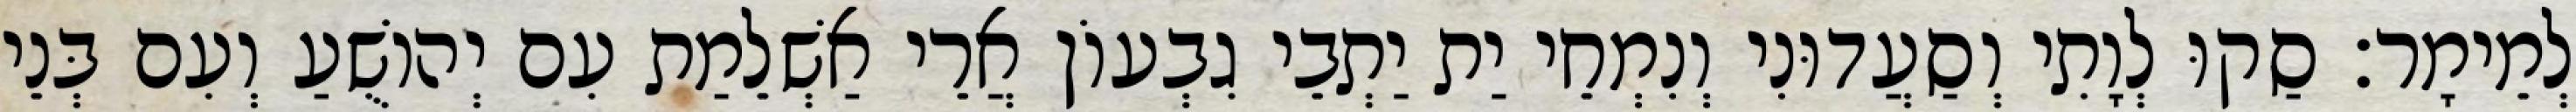
לְמֵימָר׃ סַקוּ לְוָתִי וְסַעֲדוּנִי וְנִמְחֵי יַת יַתְבֵי גִבְעוֹן אֲרֵי אַשְׁלֵמַת עִם יְהוֹשֻׁעַ וְעִם בְּנֵי